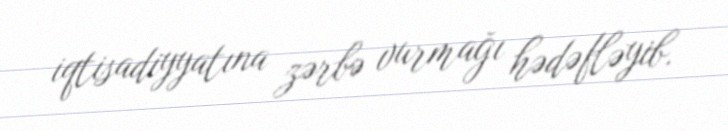
iqtisadiyyatına zərbə vurmağı hədəfləyib.